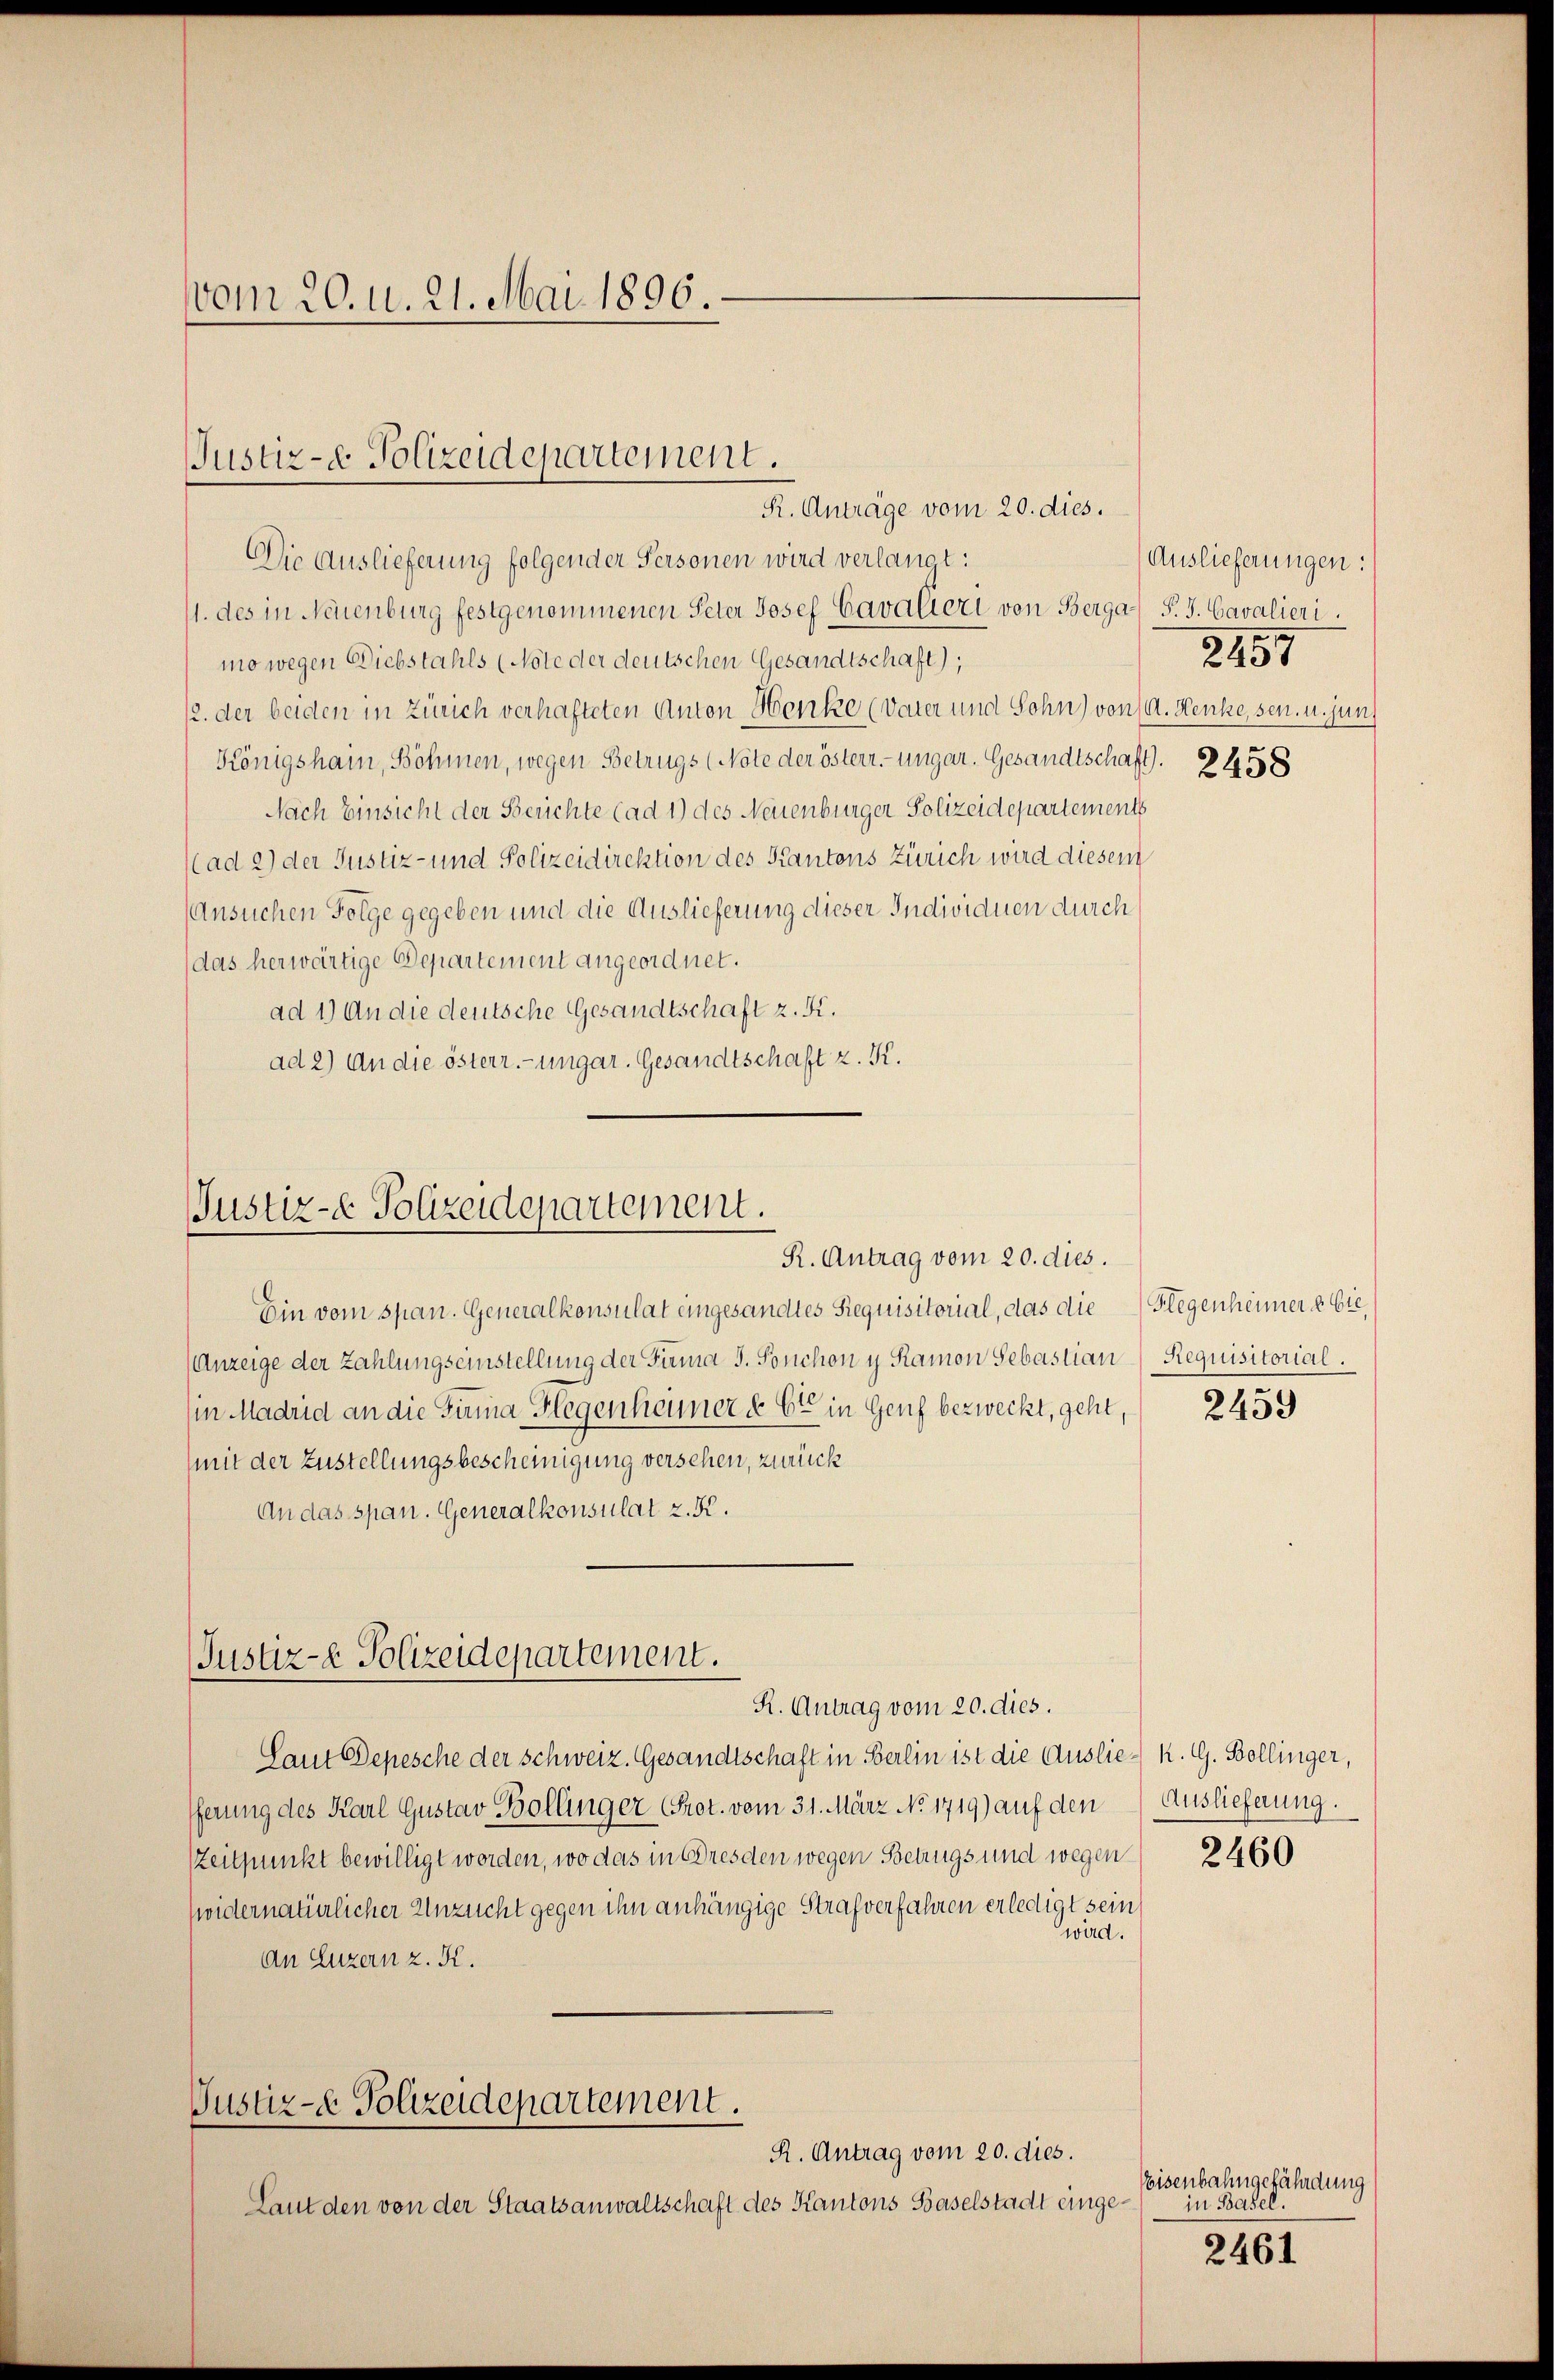
vom 20. d. 21. Mai 1896.

Die Auslieferung folgender Personen wird verlangt:
1. des in Neuenburg festgenommenen Peter Josef Cavalieri von Berga- P. J. Cavalieri
mo wegen Diebstahls (Note der deutschen Gesandtschaft);
12. der beiden in Zürich verhafteten Anton Henke (Vater und Sohn) von A. Henke, sen. u. jun
Königshain, Böhmen, wegen Betrugs (Note der österr. ungar. Gesandtschaft). 2458
Nach Einsicht der Berichte (ad 1) des Neuenburger Polizeidepartements
(ad 2) der Justiz- und Polizeidirektion des Kantons Zürich wird diesem
(Ansuchen Folge gegeben und die Auslieferung dieser Individuen durch
das herwärtige Departement angeordnet.
ad 1) An die deutsche Gesandtschaft z. F.
ad 2) An die österr.-ungar. Gesandtschaft z. K.

JJustiz- & Polizeidepartement.
R. Anträge vom 20. dies.

Justiz- & Polizeidepartement.
R. Antrag vom 20. dies.

Ein vom span. Generalkonsulat eingesandtes Requisitorial, das die
Anzeige der Zahlungseinstellung der Firma J. Ponchon y Ramon Sebastian
in Madrid an die Firma Hegenheimer d. 6ten in Genf bezweckt, geht,
mit der Zustellungsbescheinigung versehen, zurück
An das span. Generalkonsulat z. K.

Justiz- & Polizeidepartement.

R. Antrag vom 20. dies.
Laut Depesche der Schweiz. Gesandtschaft in Berlin ist die Auslie- K. G. Bollinger,
ferung des Karl Gustav Bollinger Prot. vom 31. März No. 1719) auf den Auslieferung.
Zeitpunkt bewilligt worden, wo das in Bresden wegen Betrugs und wegen
widernatürlicher Unzucht gegen ihn anhängige Strafverfahren erledigt sein
wird.
An Luzern z. K.
Justiz- & Polizeidepartement.
R. Antrag vom 20. dies.
Laut den von der Staatsanwaltschaft des Kantons Baselstadt einge¬

Auslieferungen:
2457

Hlegenheimers bie
Requisitorial.

2459

2460

Eisenbahngefährdung
in Basel.
2461